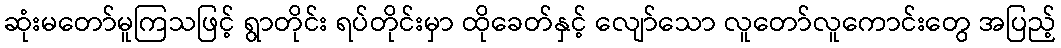
ဆုံးမတော်မူကြသဖြင့် ရွာတိုင်း ရပ်တိုင်းမှာ ထိုခေတ်နှင့် လျော်သော လူတော်လူကောင်းတွေ အပြည့်